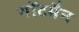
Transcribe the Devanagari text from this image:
गॉटमैन